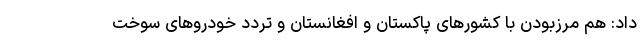
داد: هم مرزبودن با کشورهای پاکستان و افغانستان و تردد خودروهای سوخت